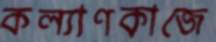
কল্যাণকাজে